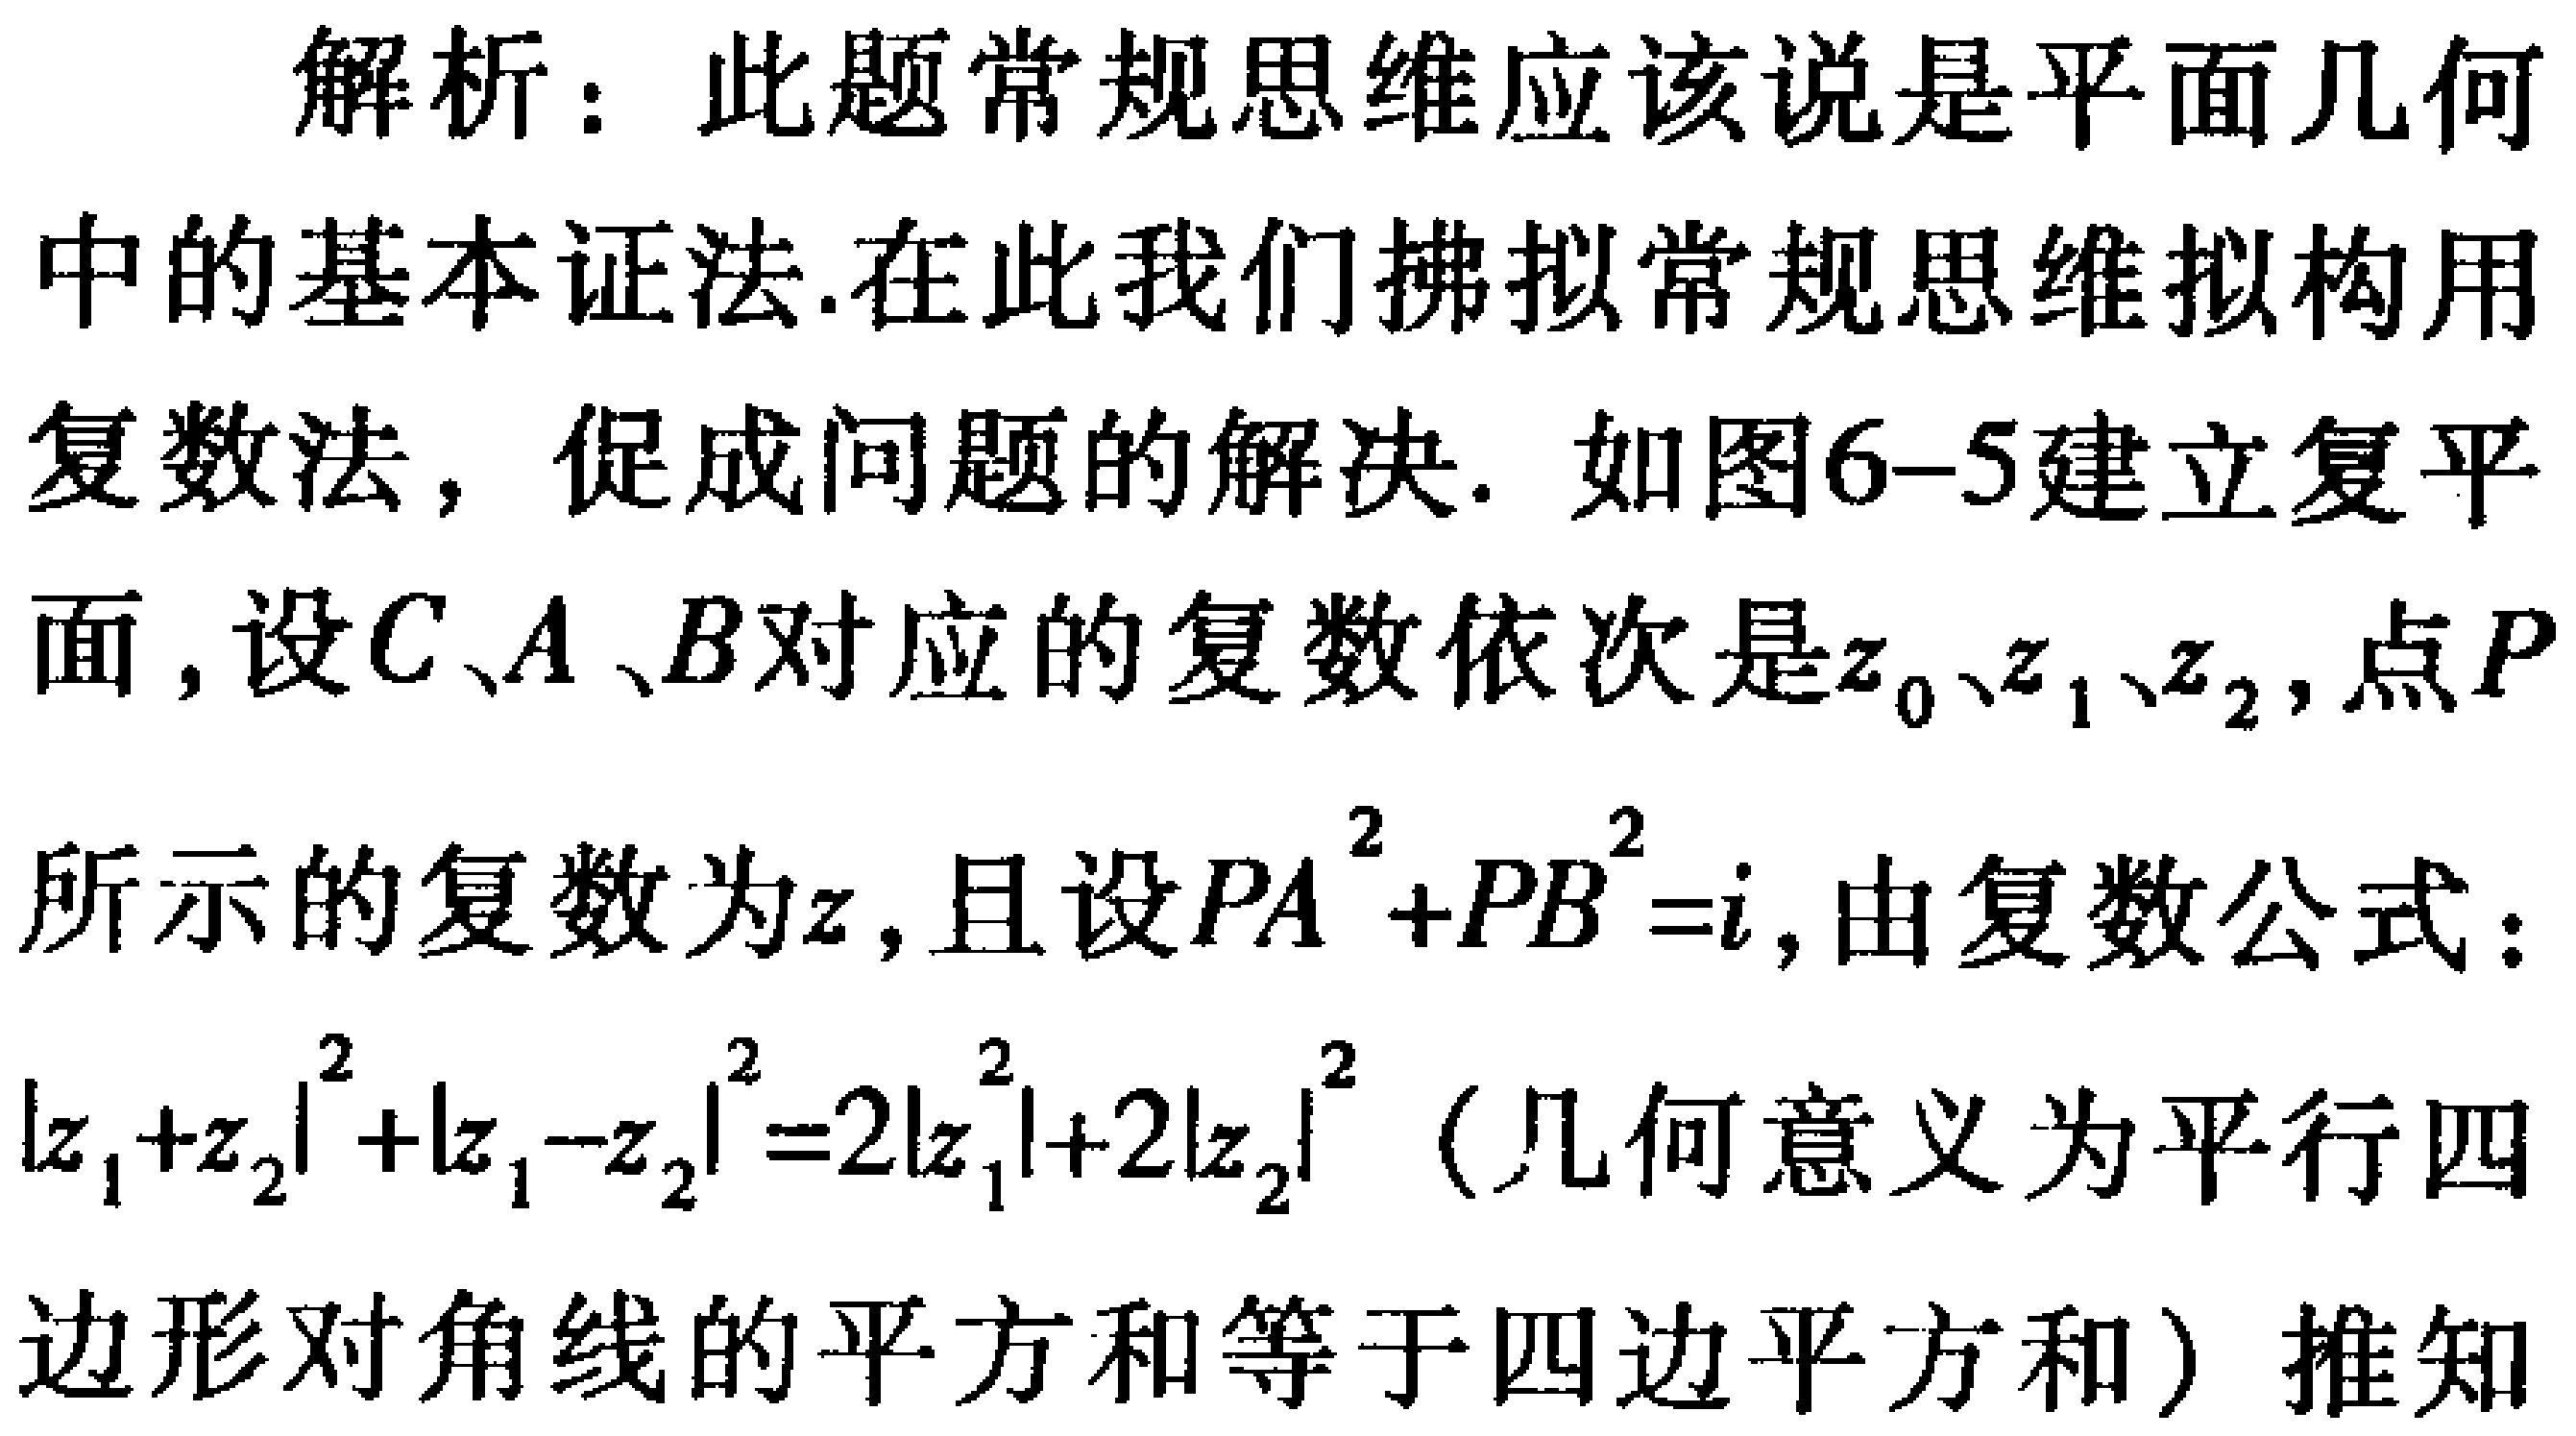
解析：此题常规思维应该说是平面几何
中的基本证法.在此我们拂拟常规思维拟构用
复数法，促成问题的解决. 如图6-5建立复平
面,设\(C、A、B\)对应的复数依次是\(z_{0}、z_{1}、z_{2}\),点\(P\)
所示的复数为\(z\),且设\(PA^{2}+PB^{2}=i\),由复数公式：
\(\vert z_{1}+z_{2}\vert^{2}+\vert z_{1}-z_{2}\vert^{2}=2\vert z_{1}^{2}\vert + 2\vert z_{2}\vert^{2}\)（几何意义为平行四
边形对角线的平方和等于四边平方和）推知